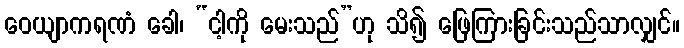
ဝေယျာကရဏံ ခေါ၊ “ငါ့ကို မေးသည်”ဟု သိ၍ ဖြေကြားခြင်းသည်သာလျှင်။